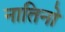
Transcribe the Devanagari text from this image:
नातिनो